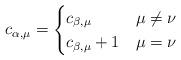
LaTeX: \begin{align*} c_{\alpha,\mu}=\begin{cases} c_{\beta,\mu} & \mu\neq \nu\\ c_{\beta,\mu}+1 & \mu=\nu \end{cases}\end{align*}